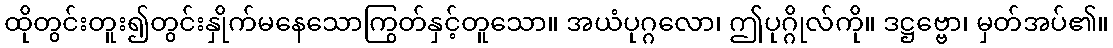
ထိုတွင်းတူး၍တွင်းနှိုက်မနေသောကြွတ်နှင့်တူသော။ အယံပုဂ္ဂလော၊ ဤပုဂ္ဂိုလ်ကို။ ဒဋ္ဌဗ္ဗော၊ မှတ်အပ်၏။